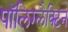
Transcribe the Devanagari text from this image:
पॉलिग्लैक्टिन